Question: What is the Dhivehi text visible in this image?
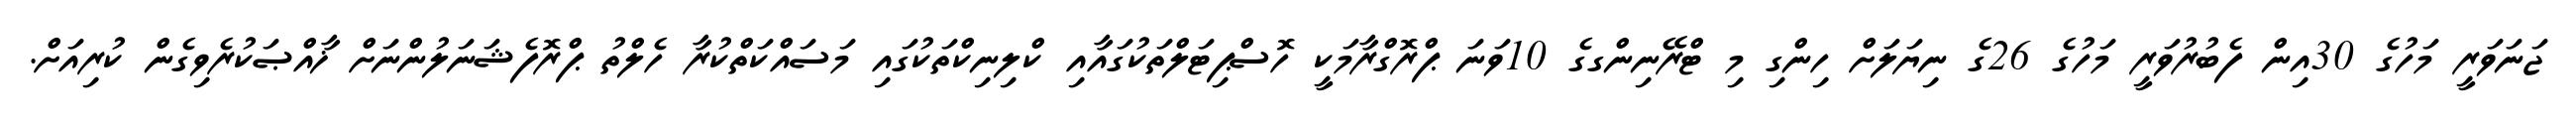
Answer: ޖަނަވަރީ މަހުގެ 30އިން ފެބުރުވަރީ މަހުގެ 26ގެ ނިޔަލަށް ހިންގި މި ޓްރޭނިންގގެ 10ވަނަ ޕްރޮގްރާމަކީ ހޮސްޕިޓަލްތަކުގައާއި ކްލިނިކްތަކުގައި މަސައްކަތްކުރާ ހެލްތު ޕްރޮފެޝަނަލުންނަށް ޚާއްޞަކުރެވިގެން ކުރިއަށް.